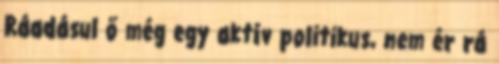
Ráadásul ő még egy aktív politikus, nem ér rá